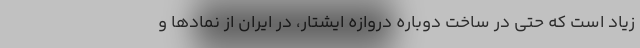
زیاد است که حتی در ساخت دوباره دروازه ایشتار، در ایران از نمادها و